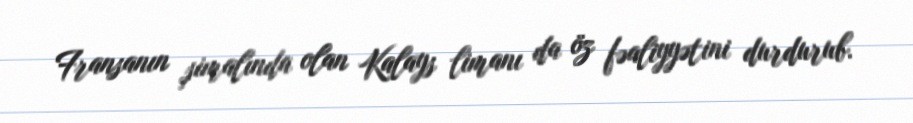
Fransanın şimalında olan Kalays limanı da öz fəaliyyətini durdurub.